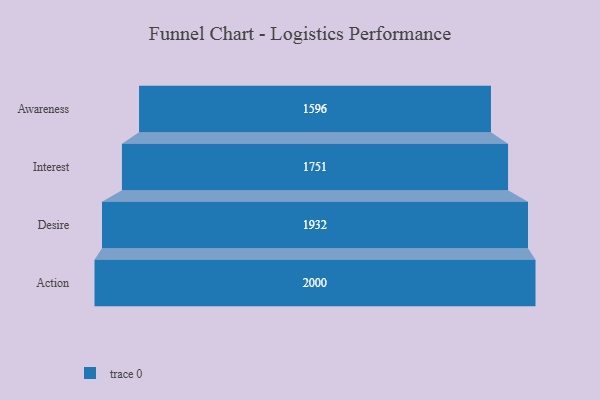
{"axis": {"x": "Stage", "y": "Value"}, "legend": [""], "data": [{"x": "Awareness", "y": 1596.0, "type": ""}, {"x": "Interest", "y": 1751.0, "type": ""}, {"x": "Desire", "y": 1932.0, "type": ""}, {"x": "Action", "y": 2000, "type": ""}]}